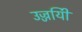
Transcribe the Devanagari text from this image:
उज्जयिी